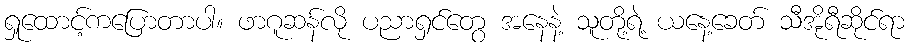
ရှုထောင့်ကပြောတာပါ။ ဖာဂူဆန်လို ပညာရှင်တွေ အနေနဲ့ သူတို့ရဲ့ ယနေ့ခေတ် သီအိုရီဆိုင်ရာ